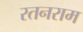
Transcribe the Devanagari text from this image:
रतनराम